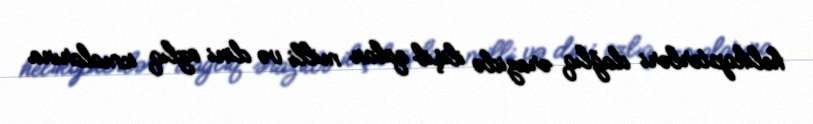
helikopterləri dağlıq ərazidə ilişib qalan milli və dini azlıq icmalarına